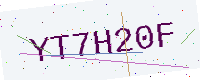
Text: YT7H20F